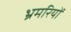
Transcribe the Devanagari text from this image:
भ्रमरियों